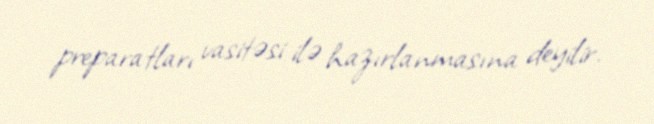
preparatları vasitəsi ilə hazırlanmasına deyilir.